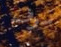
سوف